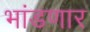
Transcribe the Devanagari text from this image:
भांडणार